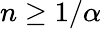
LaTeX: n\ge 1/\alpha